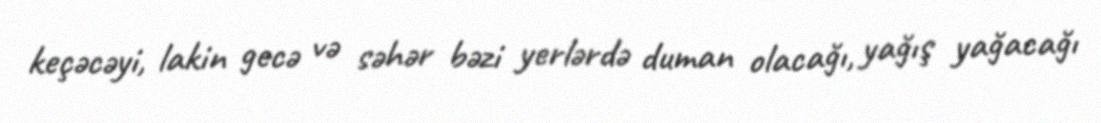
keçəcəyi, lakin gecə və səhər bəzi yerlərdə duman olacağı, yağış yağacağı